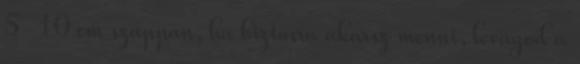
5-10 cm szappan, ha biztosra akarsz menni, levágod a